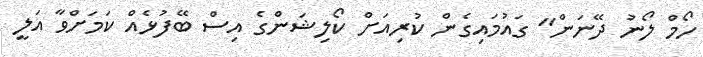
ހޯމް ލޯނު ދޭނަން" ގައުމައިގެން ކުރިއަށް ކޯލިޝަންގެ އިސް ބޭފުޅެއް ކަމަށްވާ އަލީ